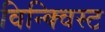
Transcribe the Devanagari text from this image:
विन्क्विस्ट